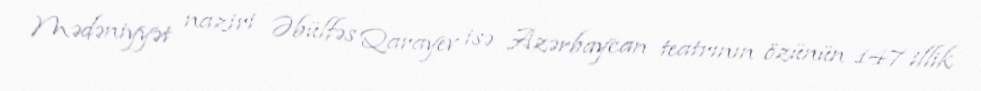
Mədəniyyət naziri Əbülfəs Qarayev isə Azərbaycan teatrının özünün 147 illik